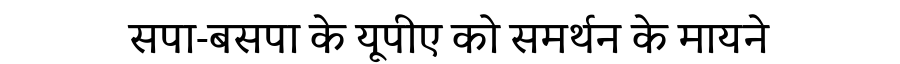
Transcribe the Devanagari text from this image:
सपा-बसपा के यूपीए को समर्थन के मायने